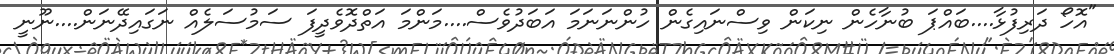
"އޮހޯ ދަރިފުޅާ....ބައްޕަ ބުނާހެން ނިކަން ވިސްނައިގެން ހުންނަނަމަ އަބަދުވެސް....މަންމަ އަތްދޮވެދީފަ ސަމުސަލެއް ނަގައިދޭނަން....ނޫނީ